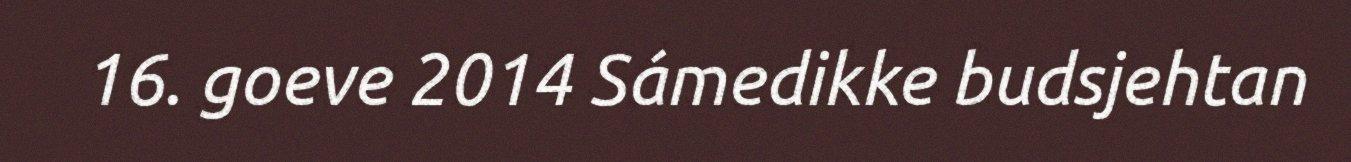
16. goeve 2014 Sámedikke budsjehtan